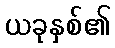
ယခုနှစ်၏